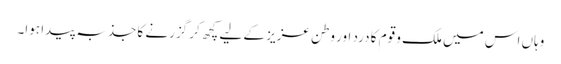
وہاں اس میں ملک و قوم کا درد اور وطن عزیز کے لیے کچھ کر گزرنے کا جذبہ پیدا ہوا۔